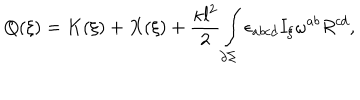
LaTeX: Q ( \xi ) = K ( \xi ) + X ( \xi ) + \frac { \kappa l ^ { 2 } } { 2 } \int _ { \partial \Sigma } \epsilon _ { a b c d } I _ { \xi } \omega ^ { a b } R ^ { c d } ,